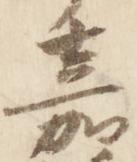
嘉